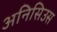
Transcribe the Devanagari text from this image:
अनिसिउस